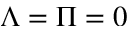
\Lambda = \Pi = 0